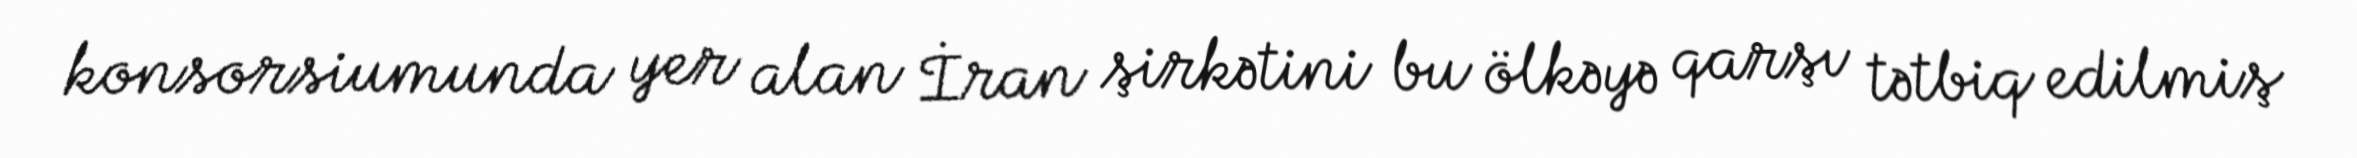
konsorsiumunda yer alan İran şirkətini bu ölkəyə qarşı tətbiq edilmiş